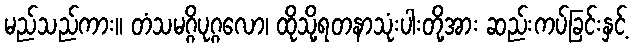
မည်သည်ကား။ တံသမဂ္ဂိပုဂ္ဂလော၊ ထိုသို့ရတနာသုံးပါးတို့အား ဆည်းကပ်ခြင်းနှင့်